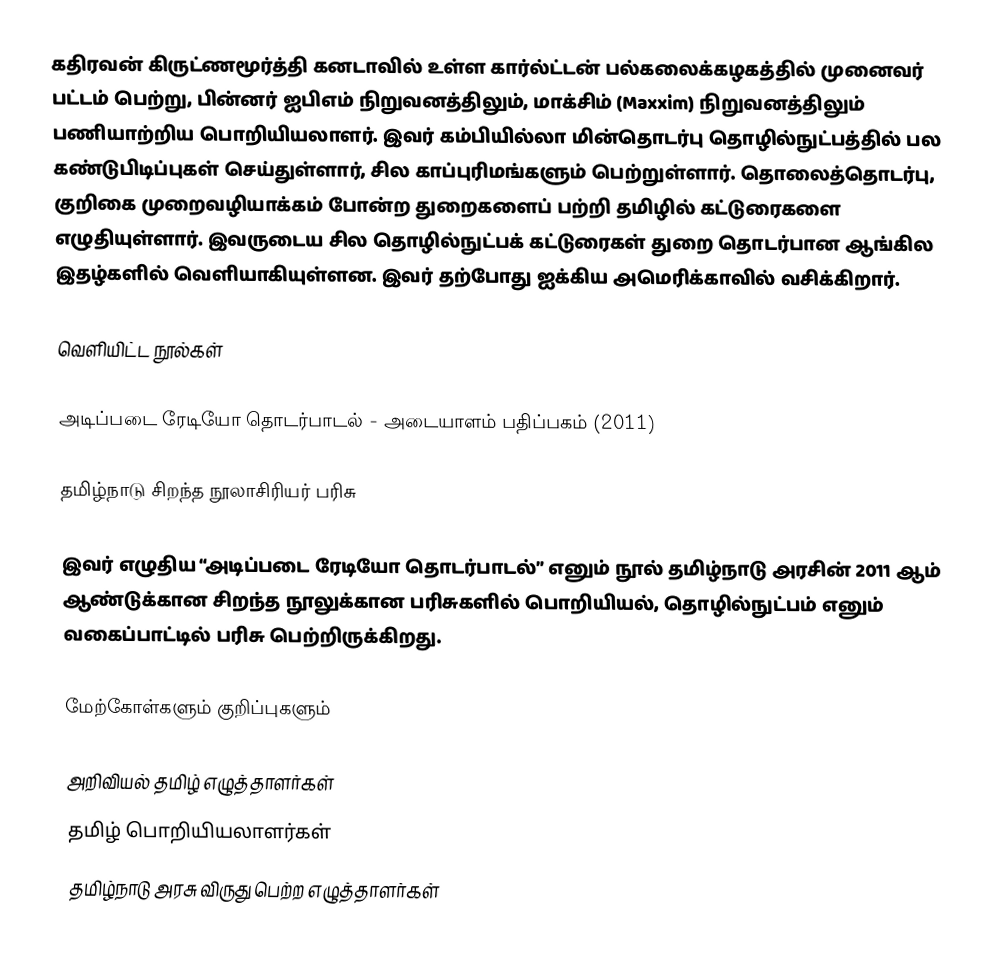
கதிரவன் கிருட்ணமூர்த்தி கனடாவில் உள்ள கார்ல்ட்டன் பல்கலைக்கழகத்தில் முனைவர் பட்டம் பெற்று, பின்னர் ஐபிஎம் நிறுவனத்திலும், மாக்சிம் (Maxxim) நிறுவனத்திலும் பணியாற்றிய பொறியியலாளர். இவர் கம்பியில்லா மின்தொடர்பு தொழில்நுட்பத்தில் பல கண்டுபிடிப்புகள் செய்துள்ளார், சில காப்புரிமங்களும் பெற்றுள்ளார். தொலைத்தொடர்பு, குறிகை முறைவழியாக்கம் போன்ற துறைகளைப் பற்றி தமிழில் கட்டுரைகளை எழுதியுள்ளார். இவருடைய சில தொழில்நுட்பக் கட்டுரைகள் துறை தொடர்பான ஆங்கில இதழ்களில் வெளியாகியுள்ளன. இவர் தற்போது ஐக்கிய அமெரிக்காவில் வசிக்கிறார்.

வெளியிட்ட நூல்கள்

அடிப்படை ரேடியோ தொடர்பாடல் - அடையாளம் பதிப்பகம் (2011)

தமிழ்நாடு சிறந்த நூலாசிரியர் பரிசு

இவர் எழுதிய “அடிப்படை ரேடியோ தொடர்பாடல்” எனும் நூல் தமிழ்நாடு அரசின் 2011 ஆம் ஆண்டுக்கான சிறந்த நூலுக்கான பரிசுகளில் பொறியியல், தொழில்நுட்பம் எனும் வகைப்பாட்டில் பரிசு பெற்றிருக்கிறது.

மேற்கோள்களும் குறிப்புகளும்

அறிவியல் தமிழ் எழுத்தாளர்கள்
தமிழ் பொறியியலாளர்கள்
தமிழ்நாடு அரசு விருது பெற்ற எழுத்தாளர்கள்